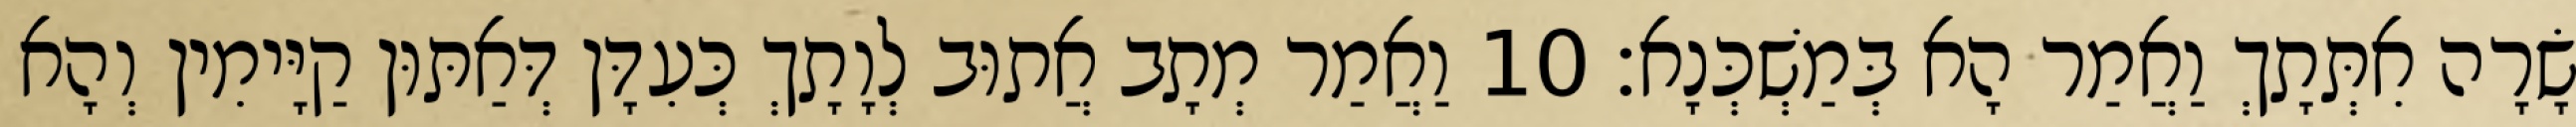
שָׂרָה אִתְּתָךְ וַאֲמַר הָא בְּמַשְׁכְּנָא׃ 10 וַאֲמַר מְתָב אֲתוּב לְוָתָךְ כְּעִדָּן דְּאַתּוּן קַיָּימִין וְהָא